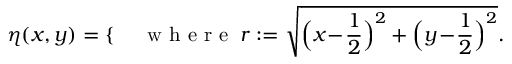
\eta ( x , y ) = \left\{ \begin{array} { r l r l } \end{array} \right. \quad \mathrm { ~ w ~ h ~ e ~ r ~ e ~ } \; r : = \sqrt { \Big ( x \! - \! \frac 1 2 \Big ) ^ { 2 } + \Big ( y \! - \! \frac 1 2 \Big ) ^ { 2 } } .